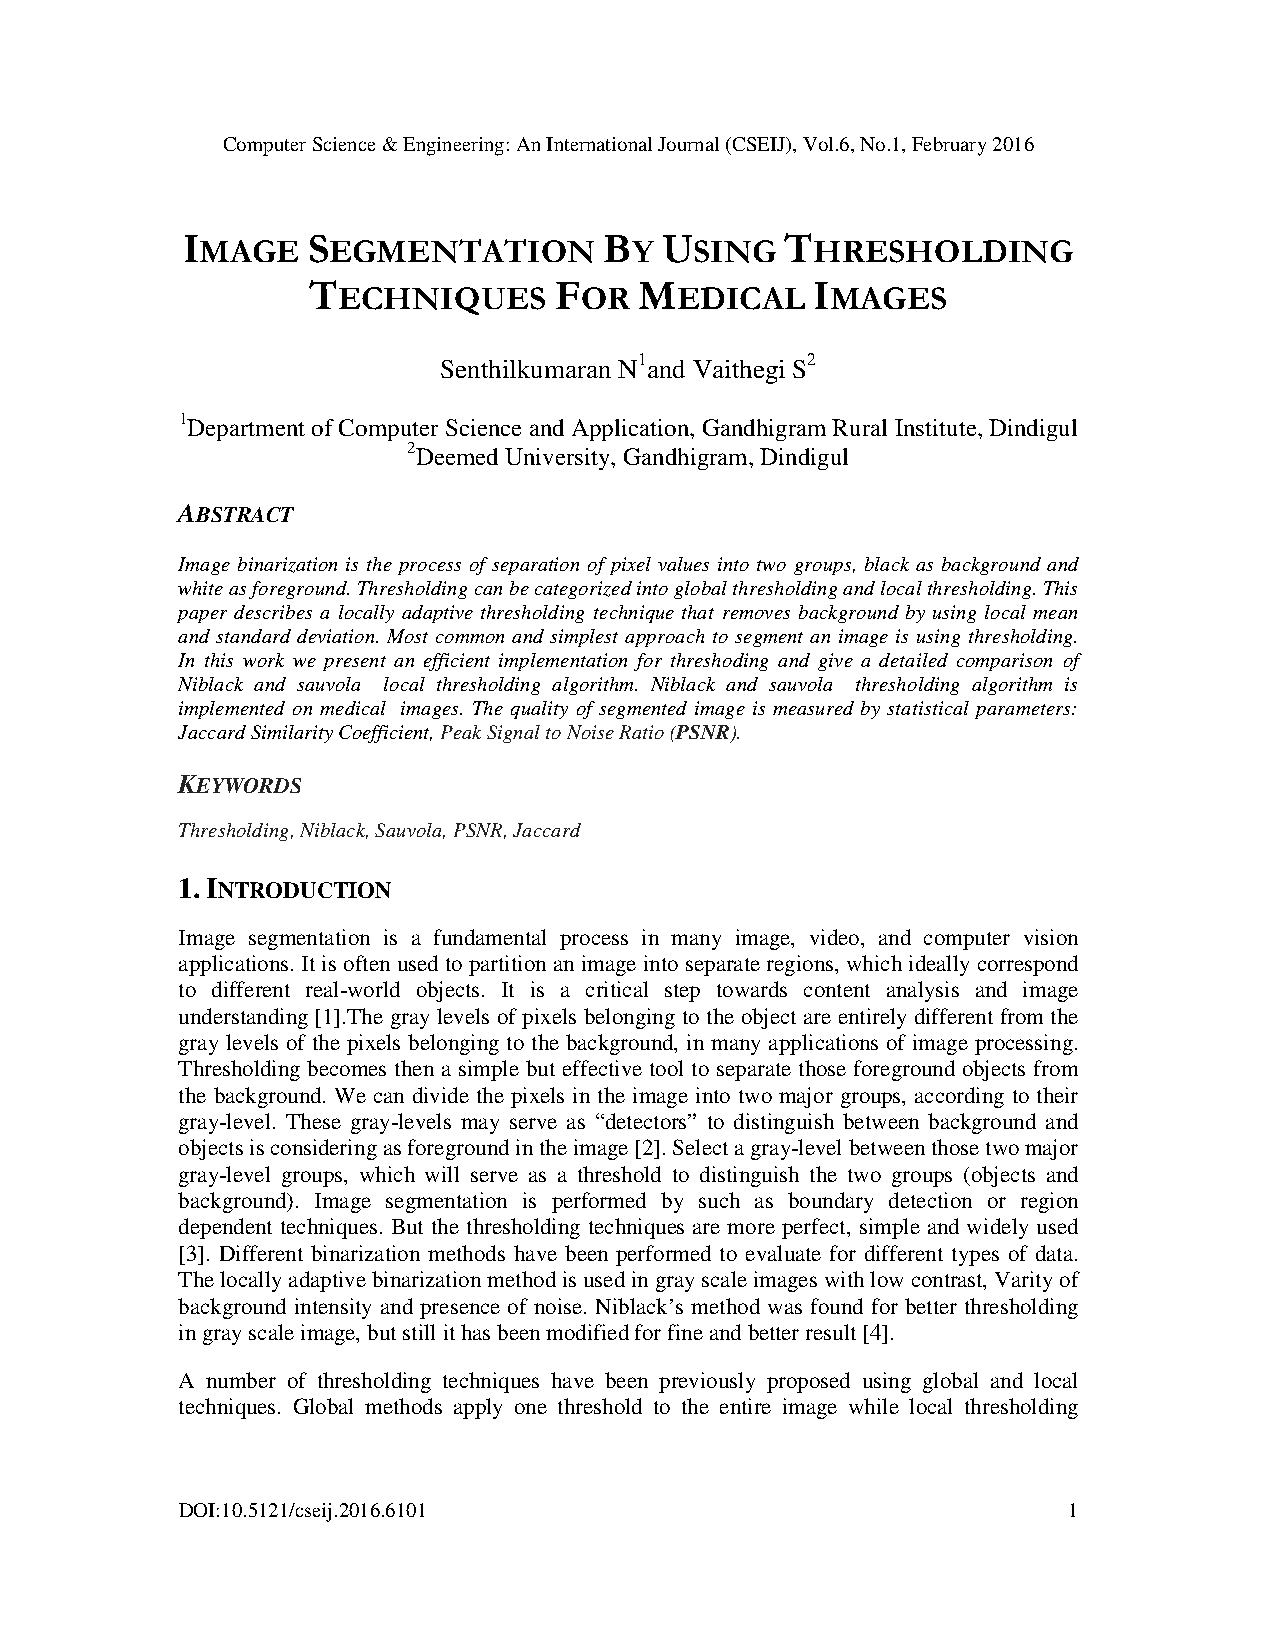
Computer Science & Engineering: An International Journal (CSEIJ), Vol.6, No.1, February 2016
 I       S                   B   U       T
 MAGE     EGMENTATION         Y   SING    HRESHOLDING
 T                F    M           I
 ECHNIQUES       OR     EDICAL    MAGES
 Senthilkumaran N1and Vaithegi S2
 1Department of Computer Science and Application, Gandhigram Rural Institute, Dindigul
 2Deemed University, Gandhigram, Dindigul
 ABSTRACT
 Image binarization is the process of separation of pixel values into two groups, black as background and
 white as foreground. Thresholding can be categorized into global thresholding and local thresholding. This
 paper describes a locally adaptive thresholding technique that removes background by using local mean
 and standard deviation. Most common and simplest approach to segment an image is using thresholding.
 In this work we present an efficient implementation for threshoding and give a detailed comparison of
 Niblack and sauvola local thresholding algorithm. Niblack and sauvola thresholding algorithm is
 implemented on medical images. The quality of segmented image is measured by statistical parameters:
 Jaccard Similarity Coefficient, Peak Signal to Noise Ratio (PSNR).
 KEYWORDS
 Thresholding, Niblack, Sauvola, PSNR, Jaccard
 1. INTRODUCTION
 Image segmentation is a fundamental process in many image, video, and computer vision
 applications. It is often used to partition an image into separate regions, which ideally correspond
 to different real-world objects. It is a critical step towards content analysis and image
 understanding [1].The gray levels of pixels belonging to the object are entirely different from the
 gray levels of the pixels belonging to the background, in many applications of image processing.
 Thresholding becomes then a simple but effective tool to separate those foreground objects from
 the background. We can divide the pixels in the image into two major groups, according to their
 gray-level. These gray-levels may serve as “detectors” to distinguish between background and
 objects is considering as foreground in the image [2]. Select a gray-level between those two major
 gray-level groups, which will serve as a threshold to distinguish the two groups (objects and
 background). Image segmentation is performed by such as boundary detection or region
 dependent techniques. But the thresholding techniques are more perfect, simple and widely used
 [3]. Different binarization methods have been performed to evaluate for different types of data.
 The locally adaptive binarization method is used in gray scale images with low contrast, Varity of
 background intensity and presence of noise. Niblack’s method was found for better thresholding
 in gray scale image, but still it has been modified for fine and better result [4].
 A number of thresholding techniques have been previously proposed using global and local
 techniques. Global methods apply one threshold to the entire image while local thresholding
 DOI:10.5121/cseij.2016.6101                                1